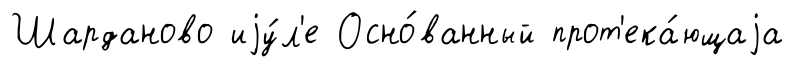
Шарданово иjу́л'е Осно́ванный прот'ека́ющаjа